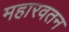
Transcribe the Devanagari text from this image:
महारवतन